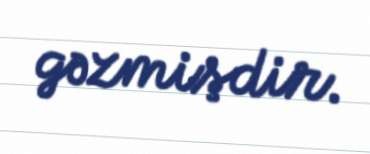
gəzmişdir.